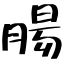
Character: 腸